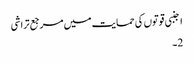
اجنبی قوتوں کی حمایت میں مرجع تراشی
2۔